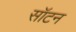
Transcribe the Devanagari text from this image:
सॉटन